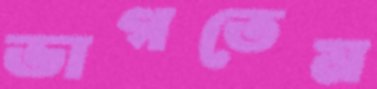
ভাগতেম